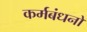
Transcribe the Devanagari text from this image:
कर्मबंधनों